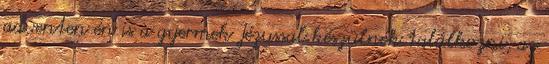
adventen én is a gyermek Jézussal készülnék találkozni, az